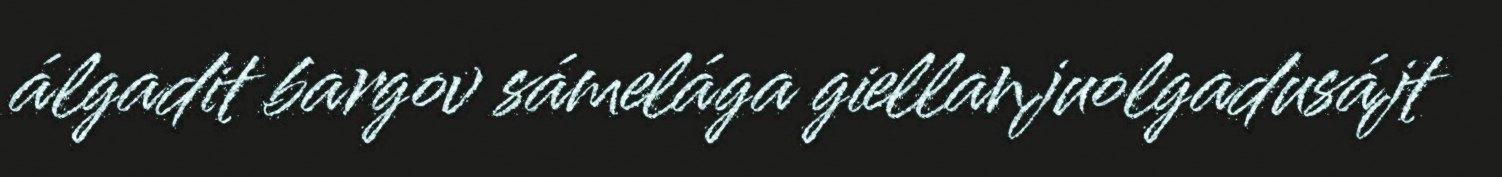
álgadit bargov sámelága giellanjuolgadusájt